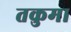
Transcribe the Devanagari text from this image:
तकुमा